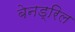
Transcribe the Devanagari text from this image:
बेनड्रिल